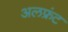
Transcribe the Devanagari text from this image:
अलफ्रंट